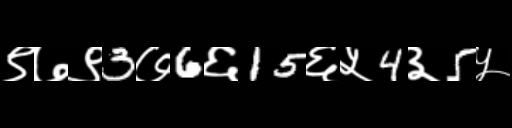
Text: ९७९3७6६15६५4३5५